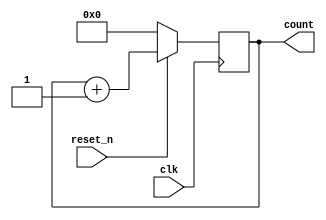
`timescale 1ns / 1ps
//////////////////////////////////////////////////////////////////////////////////

// ID          : N180116
//Branch       : ECE
//Project Name : RTL design using Verilog
//Design  Name : N BIT UP Counter
//Module  Name : N_bit_UP_Counter
//RGUKT NUZVID 
//////////////////////////////////////////////////////////////////////////////////


module N_bit_UP_Counter #(parameter BIT=4)(clk,reset_n,count);
input clk;
input reset_n;
output [BIT-1:0]count;

reg [BIT-1:0]q_reg,q_next;

//
always @(posedge clk)
begin
    if(~reset_n)
        q_reg <= 'b0;
    else
        q_reg <=q_next;
end

//Next state logic
always @(*)
begin
    q_next <= q_reg+1;
end

//output logic
assign count = q_reg;    
endmodule